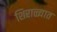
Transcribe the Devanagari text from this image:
शिराळ्यात